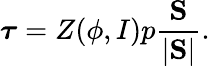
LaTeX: \boldsymbol{\tau}=Z(\phi,I)p\frac{\mathrm{\mathbf S}}{|\mathrm{\mathbf S}|}.